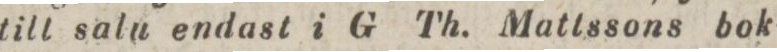
till saln endast i G Th. Mattssons bok-